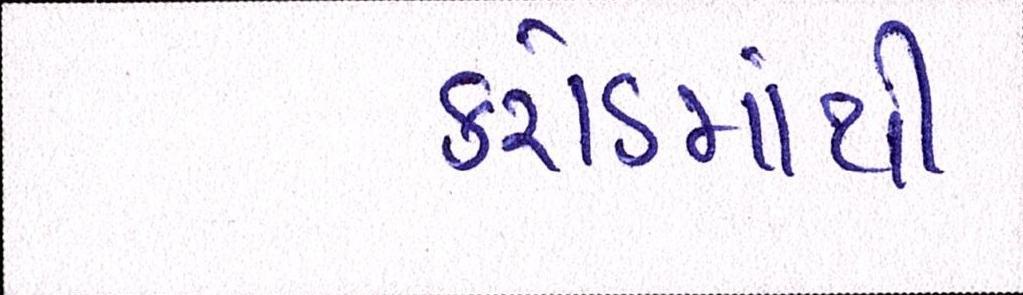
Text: કરોડમાંથી